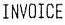
INVOICE